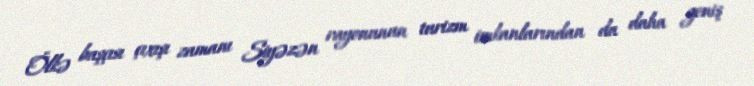
Ölkə başçısı çıxışı zamanı Siyəzən rayonunun turizm imkanlarından da daha geniş